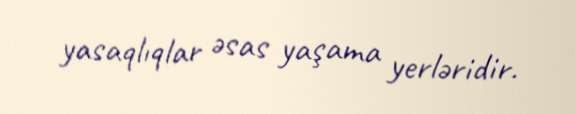
yasaqlıqlar əsas yaşama yerləridir.